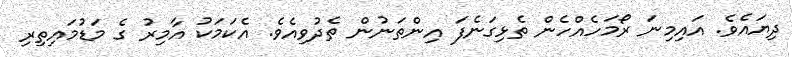
ދިޔައެވެ. އައިމިނަ ރޯމަހެއްހެން ތެޅިގަނެފަ އިންތަނުން ތެދުވިއެވެ. އެކަމަކު އާމިރު ގެ މަޑުމައިތިރި